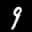
Label: 9